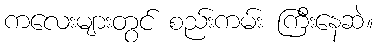
ကလေးများတွင် စည်းကမ်း ကြီးနေဆဲ။